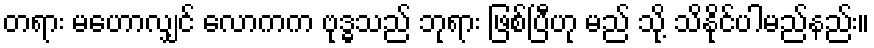
တရား မဟောလျှင် လောကက ဗုဒ္ဓသည် ဘုရား ဖြစ်ပြီဟု မည် သို့ သိနိုင်ပါမည်နည်း။